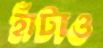
হাঁটাও